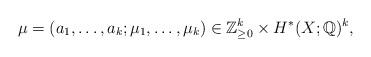
LaTeX: \begin{align*}\mu=(a_1,\dots,a_k;\mu_1,\dots,\mu_k)\in \mathbb{Z}_{\geq 0}^k\times H^*(X;\mathbb{Q})^k,\end{align*}